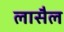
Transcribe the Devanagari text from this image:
लासैल